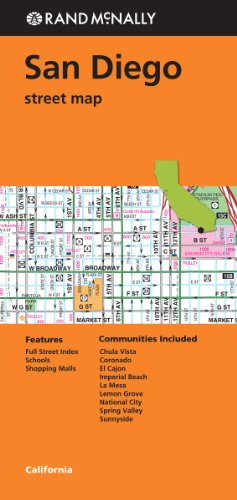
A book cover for Rand McNally Folded Map San Diego CA Street; Rand McNally; Travel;